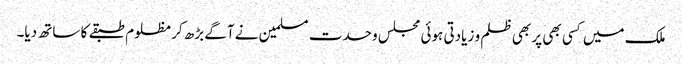
ملک میں کسی بھی پر بھی ظلم و زیادتی ہوئی مجلس وحدت مسلمین نے آگے بڑھ کر مظلوم طبقے کا ساتھ دیا۔